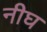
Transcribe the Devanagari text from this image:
नीघ